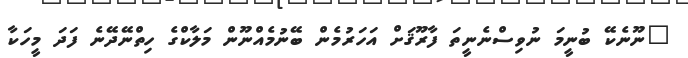
"ނޫނެކޭ ބުނީމަ ނުވިސްނެނީތަ ފާރޫޤަށް އަހަރުމެން ބޭނުމެއްނޫން މަލާކްގެ ހިތްނޭދޭނެ ފަދަ މީހަކާ